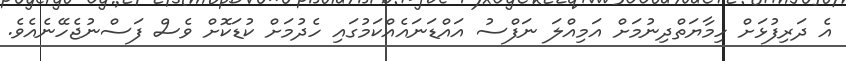
އެ ދަރިފުޅަށް ހިމާޔަތްދިނުމަށް އަމިއްލަ ނަފްސު އައްޑަނައެއްކަމުގައި ހެދުމަށް ކުޑަކޮށް ވެސް ފަސްނުޖެހޭނެއެވެ.